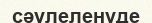
сәулеленуде